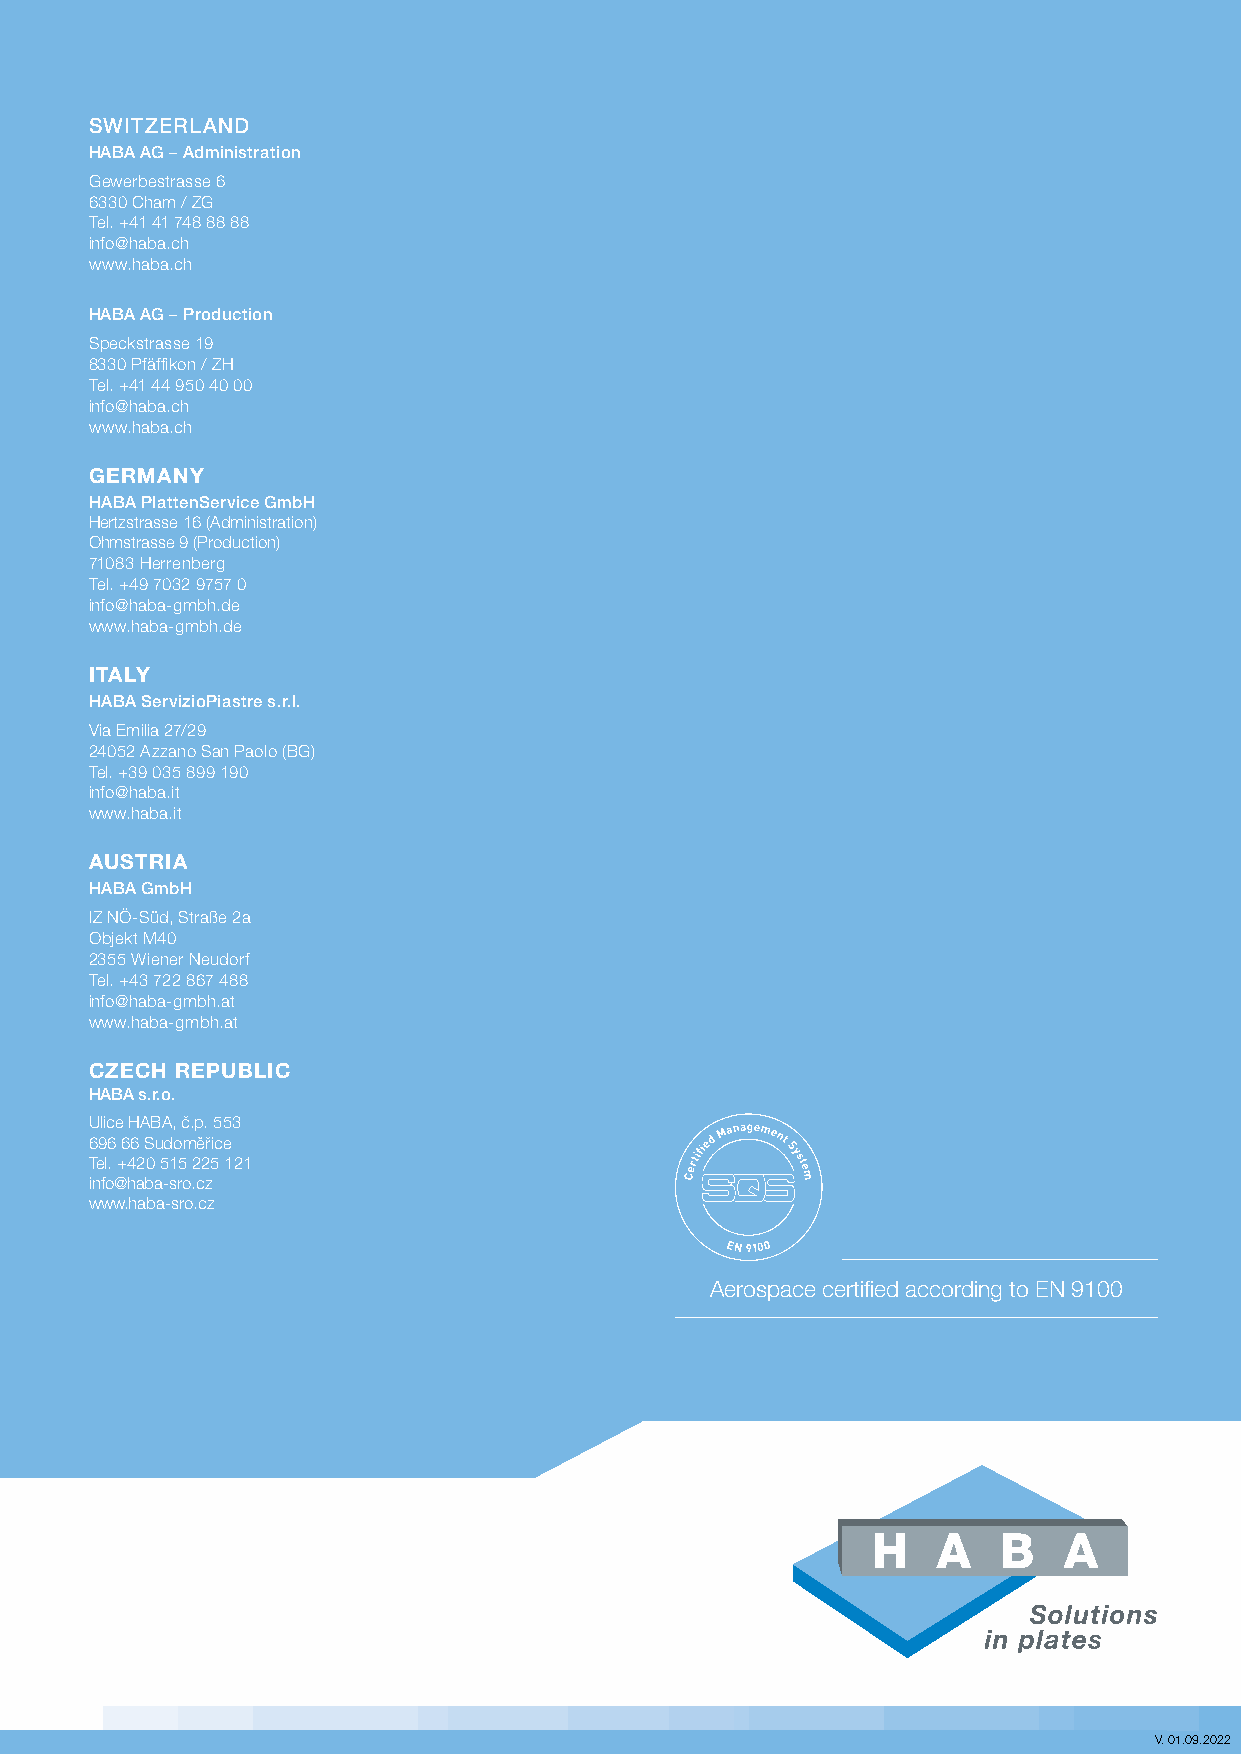
SWITZERLAND
 HABA AG – Administration
 gewerbestrasse 6
 6330 cham / Zg
 tel. +41 41 748 88 88
 info@haba.ch
 www.haba.ch
 HABA AG – Production
 speckstrasse 19
 8330 Pfäffikon / ZH
 tel. +41 44 950 40 00
 info@haba.ch
 www.haba.ch
 gerMANY
 HABA PlattenService GmbH
 hertzstrasse 16 (administration)
 ohmstrasse 9 (Production)
 71083 herrenberg
 tel. +49 7032 9757 0
 info@haba-gmbh.de
 www.haba-gmbh.de
 itAlY
 HABA ServizioPiastre s.r.l.
 Via emilia 27/29
 24052 azzano san Paolo (Bg)
 tel. +39 035 899 190
 info@haba.it
 www.haba.it
 AuStriA
 HABA GmbH
 iZ nÖ-süd, straße 2a
 objekt M40
 2355 Wiener neudorf
 tel. +43 722 867 488
 info@haba-gmbh.at
 www.haba-gmbh.at
 cZecH repuBlic
 HABA s.r.o.
 ulice haBa, č.p. 553
 696 66 sudoměřice
 tel. +420 515 225 121
 info@haba-sro.cz
 www.haba-sro.cz
 Aerospace certified according to EN 9100
 V. 01.09.2022